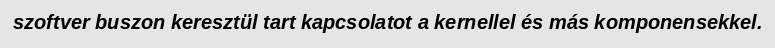
szoftver buszon keresztül tart kapcsolatot a kernellel és más komponensekkel.